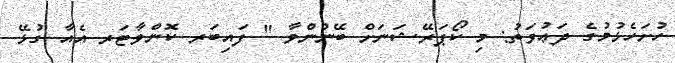
ހުށަހެޅުމުގެ ދަޢުވަތު: މި ކޯޕަރޭޝަނަށް ބޭނުންވާ '' ފައިބަރ ކޮންވާޓަރ އެއާ ގުޅޭ